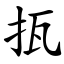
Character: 㧚